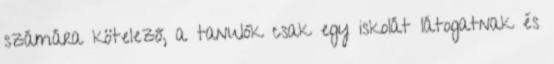
számára kötelező, a tanulók csak egy iskolát látogatnak és